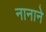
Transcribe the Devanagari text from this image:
नानाने